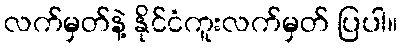
လက်မှတ်နဲ့ နိုင်ငံကူးလက်မှတ် ပြပါ။